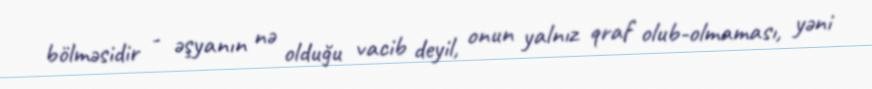
bölməsidir - əşyanın nə olduğu vacib deyil, onun yalnız qraf olub-olmaması, yəni